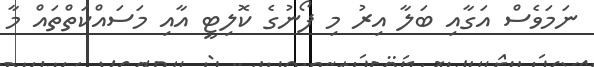
ނަމަވެސް އަގާއި ބަލާ އިރު މި ފޯނުގެ ކޮލިޓީ އާއި މަސައްކަތްތައް މާ